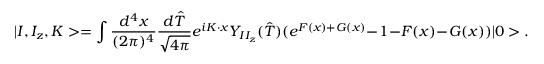
| I , I _ { z } , K > = \int \frac { d ^ { 4 } x } { ( 2 \pi ) ^ { 4 } } \frac { d \hat { T } } { \sqrt { 4 \pi } } e ^ { i K \cdot x } Y _ { I I _ { z } } ( \hat { T } ) ( e ^ { F ( x ) + G ( x ) } - 1 - F ( x ) - G ( x ) ) | 0 > .